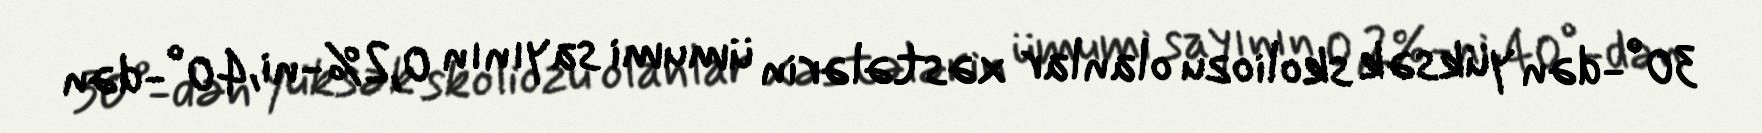
30°-dən yüksək skoliozu olanlar xəstələrin ümumi sayının 0,2%-ni, 40°-dən